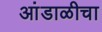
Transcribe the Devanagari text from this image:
आंडाळीचा